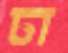
চা